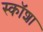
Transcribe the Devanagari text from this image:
स्कॉशा